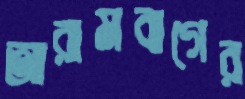
আরামবাগের